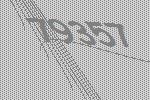
79357